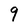
Character: 9